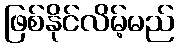
ဖြစ်နိုင်လိမ့်မည်